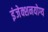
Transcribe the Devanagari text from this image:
इंजेक्शनयोग्य